Trukikaitis_Postimees, lk 248
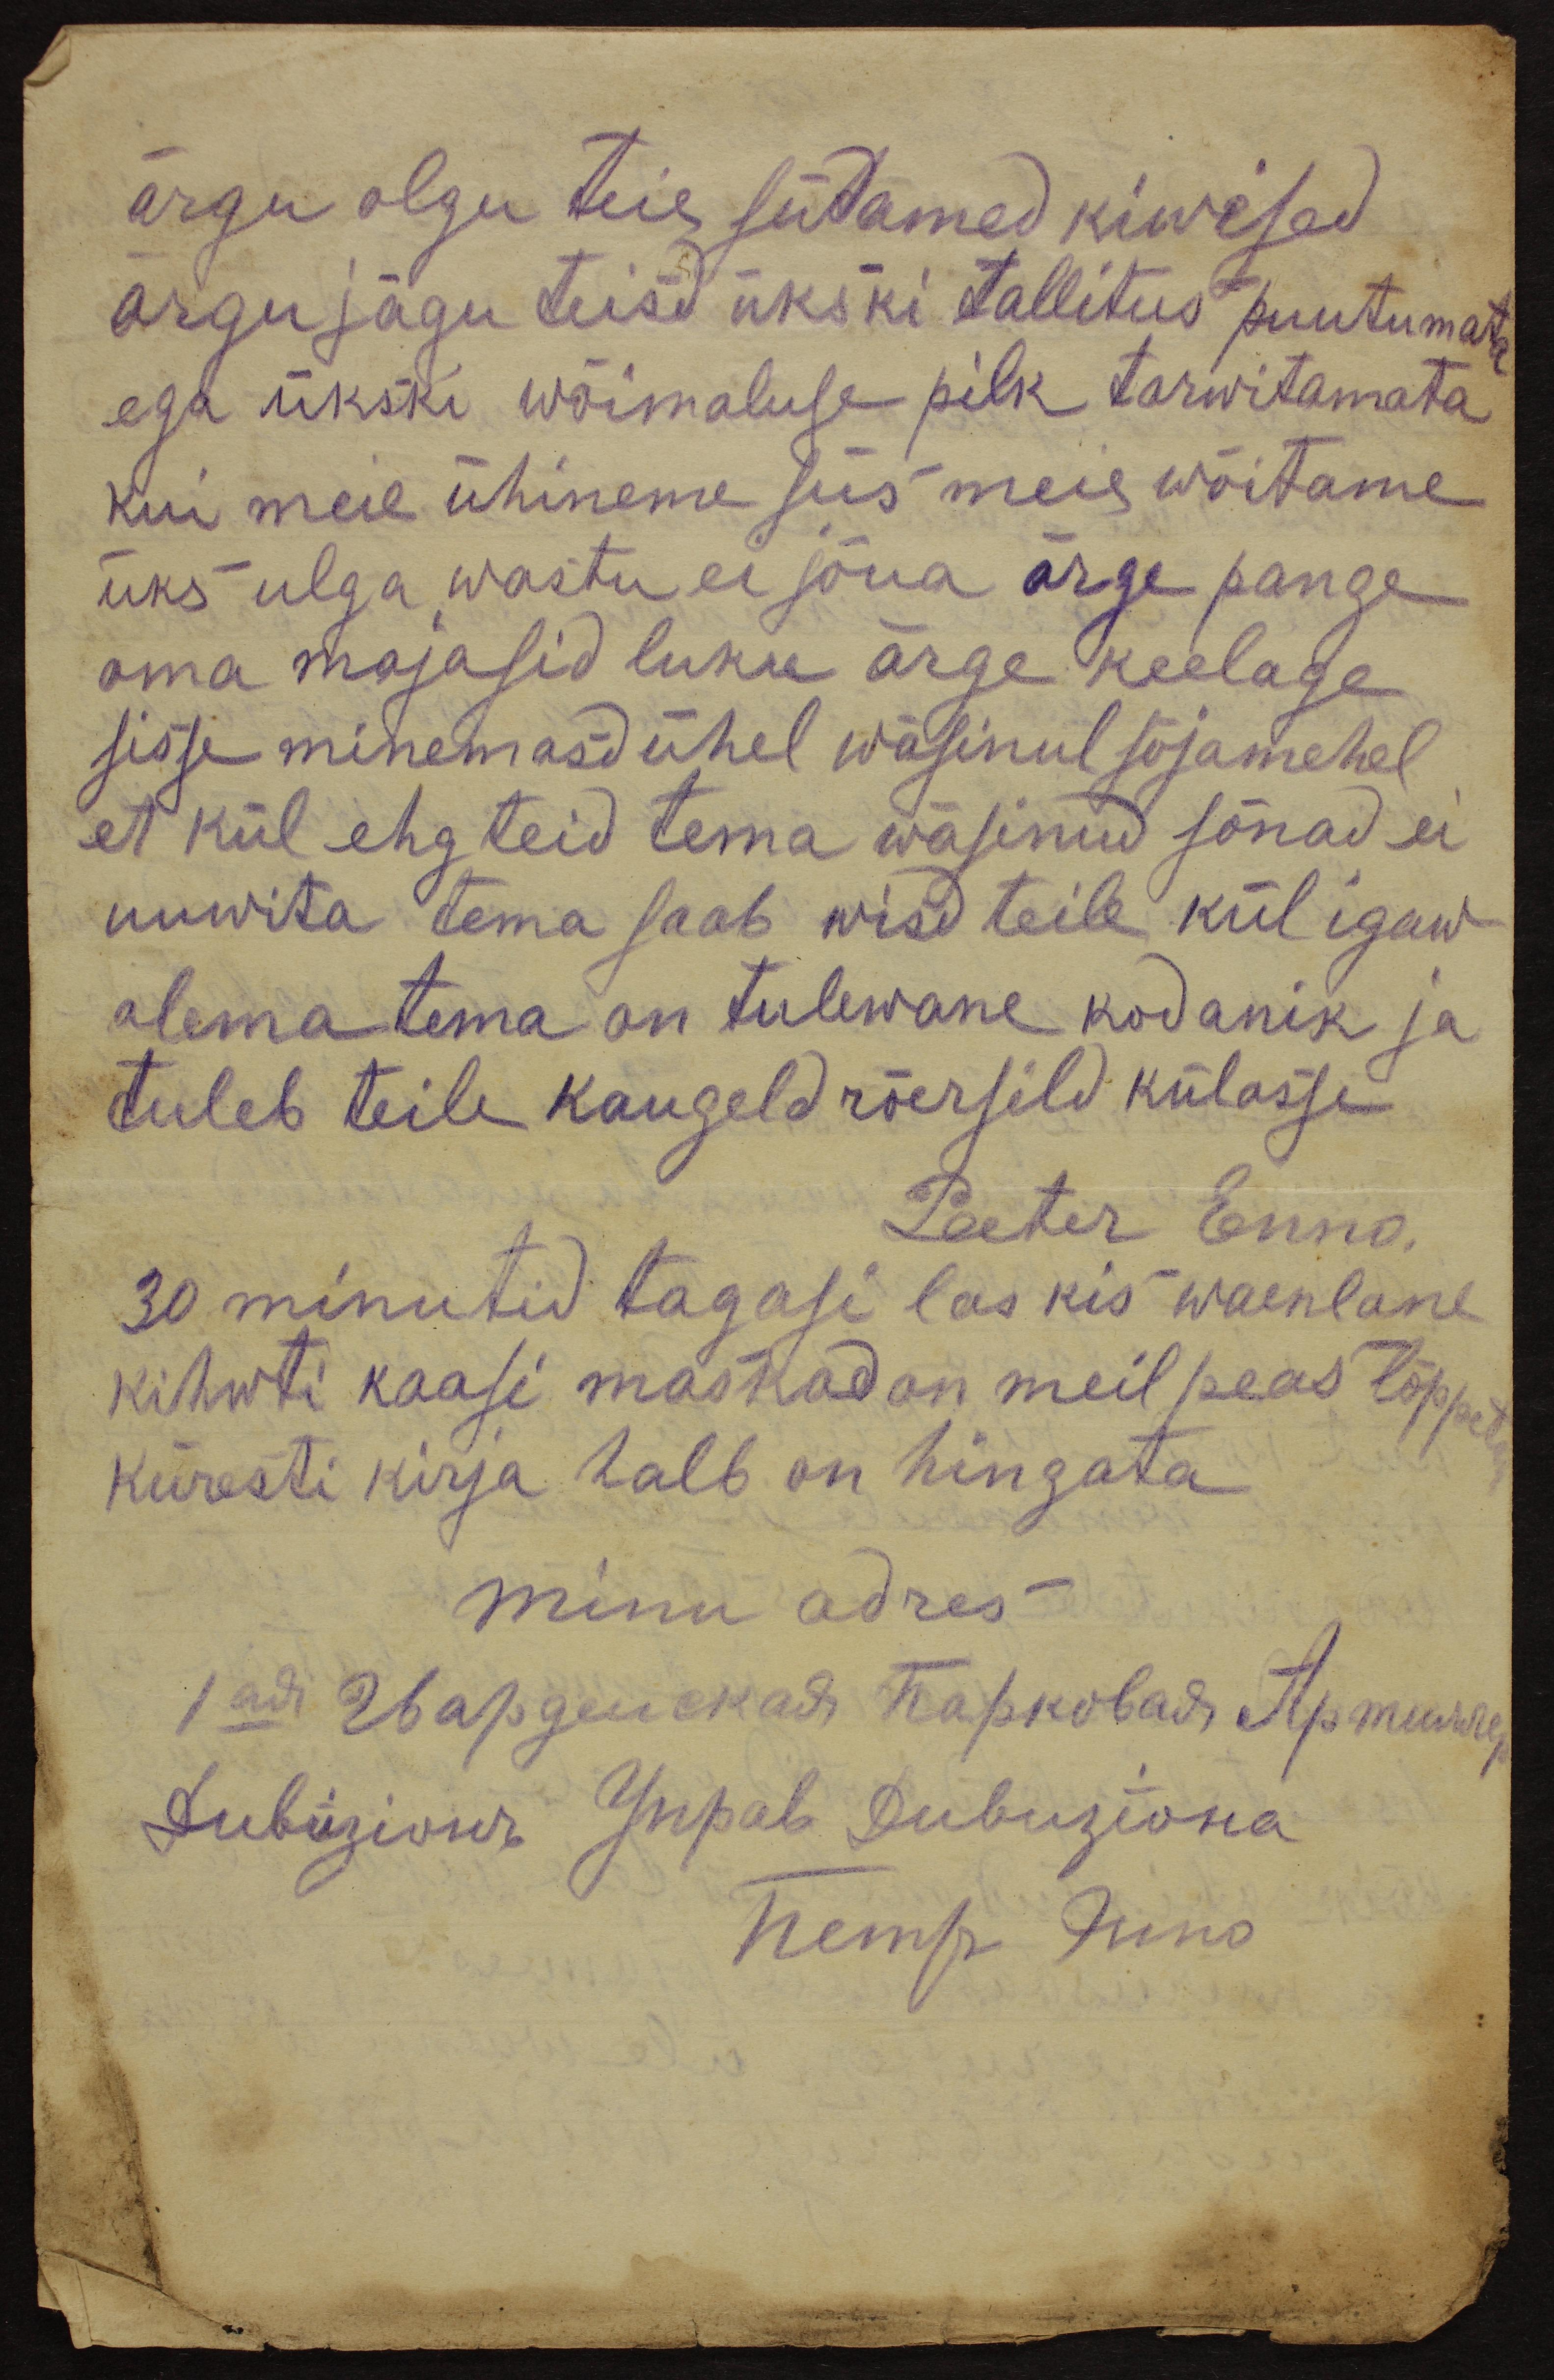
ärgu olgu teie südamed kiwised
ärgu jägu teisd ükski tallitus puutumata
ega ükski wõimaluse pilk tarwitamata
kui meie ühineme siis meie wõitame
üks ulga wastu ei jõua ärge pange
oma majasid luku ärge keelage
sisse minemasd ühel wäsinul sõjamehel
et kül ehg teid tema wäsinud sõnad ei
uuwita tema saab wisd teile kül igaw
olema tema on tulewane kodanik ja
tuleb teile kaugeld rõersild külasse
Peeter Enno.
30 minutid tagasi las kis waenlane
kihwti kaasi maskad on meil peas lõppeks
kiiresti kirja halb on hingata
minu adres-
1ая Гвардемскай Карковадъ Лртипъ
Juba Ziviõur Унрав дивизiona
Nemp Günd